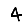
Digit: 4